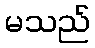
မသည်